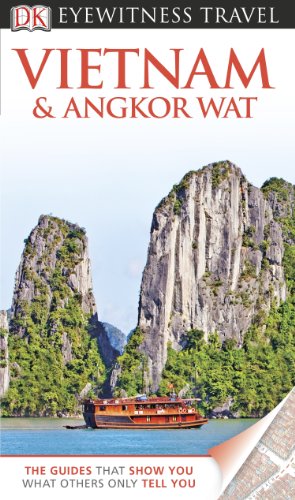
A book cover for DK Eyewitness Travel Guide: Vietnam and Angkor Wat; Richard Sterling; Travel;